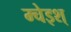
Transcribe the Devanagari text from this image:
म्चेइश्